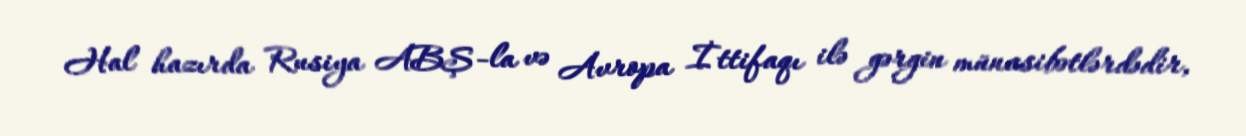
Hal hazırda Rusiya ABŞ -la və Avropa İttifaqı ilə gərgin münasibətlərdədir,